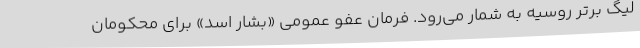
لیگ برتر روسیه به شمار می‌رود. فرمان عفو عمومی «بشار اسد» برای محکومان